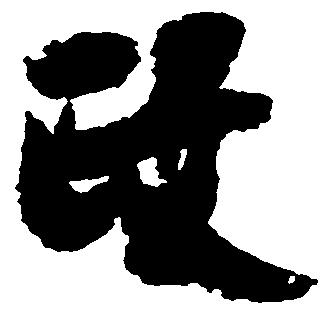
政